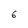
Character: 6